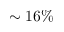
\sim 1 6 \%